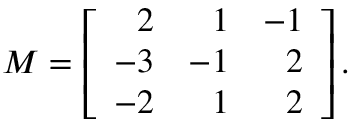
M = \left[ { \begin{array} { r r r } { 2 } & { 1 } & { - 1 } \\ { - 3 } & { - 1 } & { 2 } \\ { - 2 } & { 1 } & { 2 } \end{array} } \right] { \mathrm { . } }